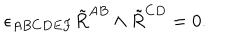
\epsilon _ { A B C D E F } \tilde { R } ^ { A B } \wedge \tilde { R } ^ { C D } = 0 .